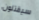
سيقتلون